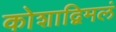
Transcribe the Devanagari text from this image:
कोशाद्विमलं